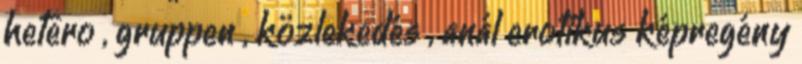
hetero , gruppen , közlekedés , anál erotikus képregény